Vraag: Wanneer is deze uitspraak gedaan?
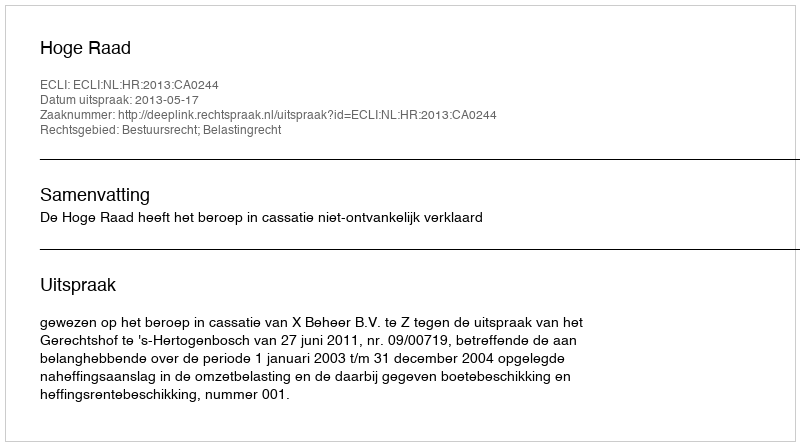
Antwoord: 2013-05-17